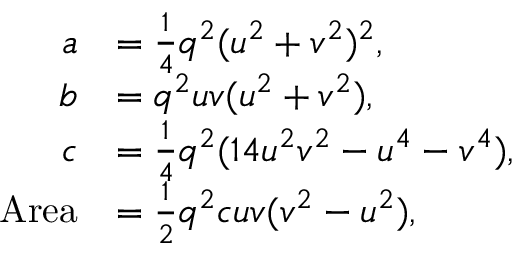
{ \begin{array} { r l } { a } & { = { \frac { 1 } { 4 } } q ^ { 2 } ( u ^ { 2 } + v ^ { 2 } ) ^ { 2 } , } \\ { b } & { = q ^ { 2 } u v ( u ^ { 2 } + v ^ { 2 } ) , } \\ { c } & { = { \frac { 1 } { 4 } } q ^ { 2 } ( 1 4 u ^ { 2 } v ^ { 2 } - u ^ { 4 } - v ^ { 4 } ) , } \\ { { \mathrm { A r e a } } } & { = { \frac { 1 } { 2 } } q ^ { 2 } c u v ( v ^ { 2 } - u ^ { 2 } ) , } \end{array} }